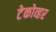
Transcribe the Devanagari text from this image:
टेकोव्हर